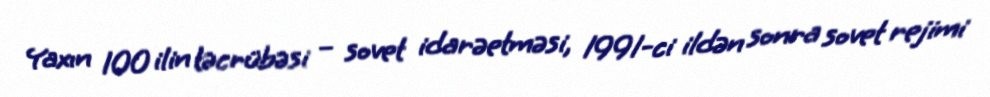
Yaxın 100 ilin təcrübəsi – sovet idarəetməsi, 1991-ci ildən sonra sovet rejimi